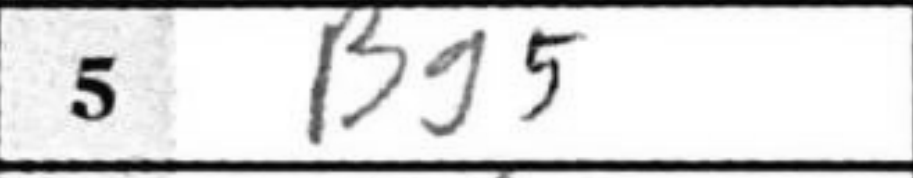
Transcription: Bg5